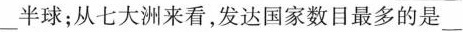
___半球；从七大洲来看，发达国家数目最多的是___